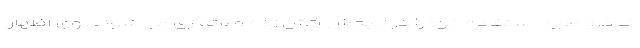
خودرو مورد استفاده خودرا در آبپخش آتش زده و متواری می شوند. وی اظهار